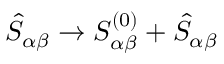
{ \hat { S } } _ { \alpha \beta } \rightarrow S _ { \alpha \beta } ^ { ( 0 ) } + { \hat { S } } _ { \alpha \beta }